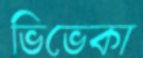
ভিভেকা